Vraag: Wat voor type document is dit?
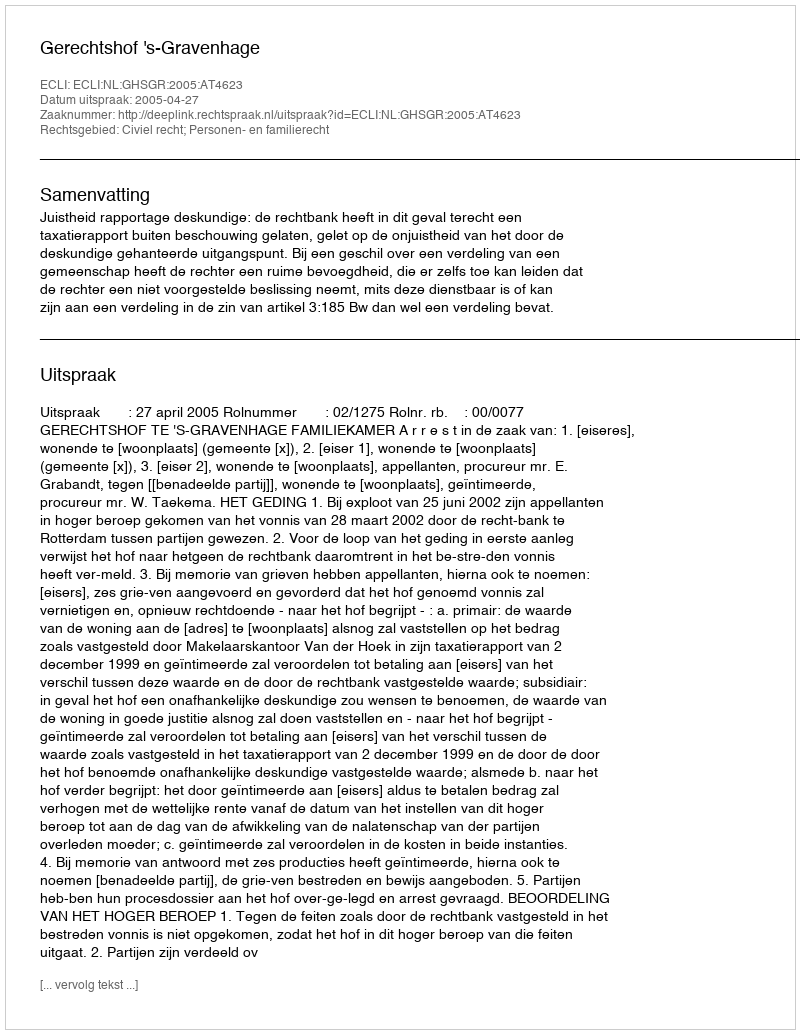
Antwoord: Uitspraak